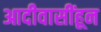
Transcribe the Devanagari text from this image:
आदीवासींहून